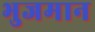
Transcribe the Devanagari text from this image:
भुजमान